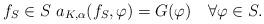
LaTeX: \begin{align*}f_{S}\in S\ a_{K,\alpha}(f_{S},\varphi)=G(\varphi)\quad\forall\varphi\in S. \end{align*}